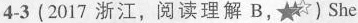
4-3(2017 浙江,阅 读理解 B,☆)She